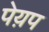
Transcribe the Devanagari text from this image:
पेय़प